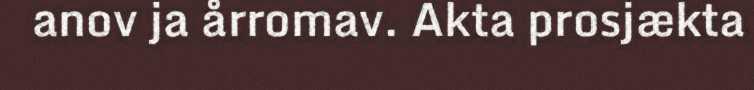
anov ja årromav. Akta prosjækta